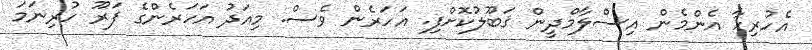
އެހުރިހާ އެންމެން އިސްލާމްދީން ޤަބޫލުކޮށްފި. އަހަރެން ވެސް. މިއަދު އަހަރެންގެ ފަރޫ ހުރިނަމަ